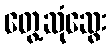
တွေ့ဆုံဆွေး